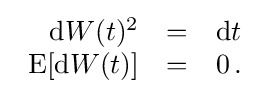
{\begin{array}{rcl}\mathrm {d} W(t)^{2}&=&\mathrm {d} t\\\operatorname {E} [\mathrm {d} W(t)]&=&0\,.\end{array}}